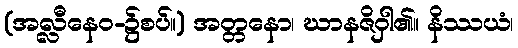
(အလ္လီနေဝ-၌စပ်။) အတ္တနော၊ ဃာနဇိဝှါ၏။ နိဿယံ၊